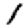
Digit: 1